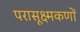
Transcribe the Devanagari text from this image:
परासूक्ष्मकणों